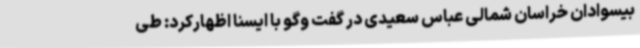
بیسوادان خراسان شمالی عباس سعیدی در گفت وگو با ایسنا اظهارکرد: طی